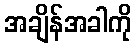
အချိန်အခါကို